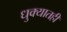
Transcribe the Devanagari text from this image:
धुक्यातही